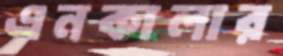
এনকালার